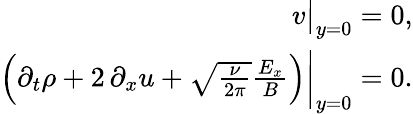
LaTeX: \begin{array}{r}{v\big|_{y=0}=0,}\\ {\left(\partial_{t}\rho+2\, \partial_{x}u+\sqrt{\frac{\nu}{2\pi}}\frac{E_{x}}{B}\right)\bigg|_{y=0}=0.}\end{array}